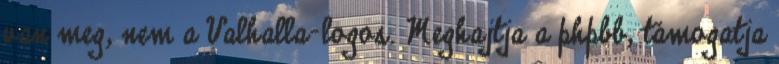
van meg, nem a Valhalla-logos. Meghajtja a phpbb, támogatja